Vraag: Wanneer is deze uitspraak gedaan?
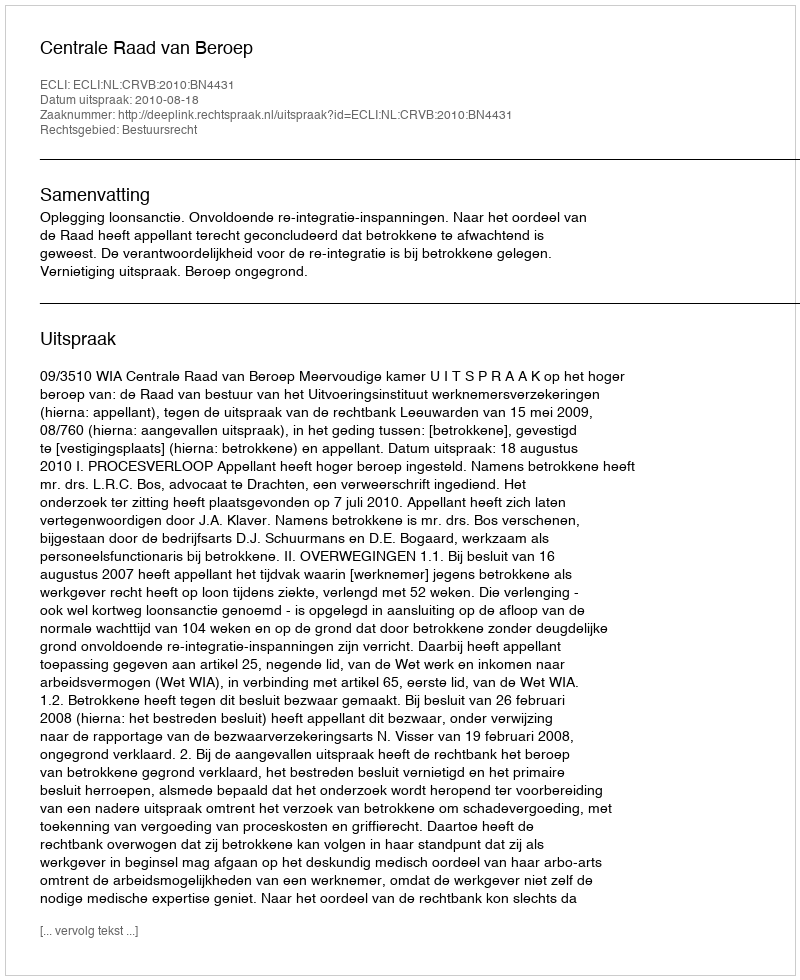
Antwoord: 2010-08-18